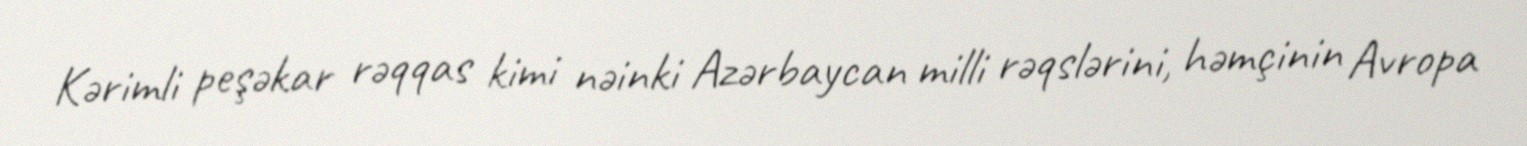
Kərimli peşəkar rəqqas kimi nəinki Azərbaycan milli rəqslərini, həmçinin Avropa